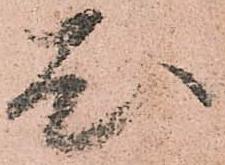
尤